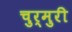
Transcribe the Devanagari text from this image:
चुर्मुरी